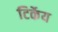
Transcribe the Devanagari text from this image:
टिर्केय